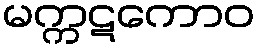
မက္ကဋကောဝ